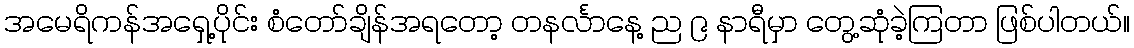
အမေရိကန်အရှေ့ပိုင်း စံတော်ချိန်အရတော့ တနင်္လာနေ့ ည ၉ နာရီမှာ တွေ့ဆုံခဲ့ကြတာ ဖြစ်ပါတယ်။